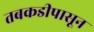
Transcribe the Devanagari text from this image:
तबकडीपासून